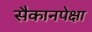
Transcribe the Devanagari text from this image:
सैकानपेक्षा